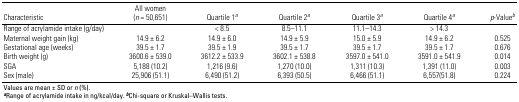
<table><thead><tr><td><b>Characteristic</b></td><td><b>All women (n = 50,651)</b></td><td><b>Quartile 1a</b></td><td><b>Quartile 2a</b></td><td><b>Quartile 3a</b></td><td><b>Quartile 4a</b></td><td><b>p-Valueb</b></td></tr></thead><tbody><tr><td>Range of acrylamide intake (g/day)</td><td></td><td>&lt; 8.5</td><td>8.5–11.1</td><td>11.1–14.3</td><td>&gt; 14.3</td></tr><tr><td>Maternal weight gain (kg)</td><td>14.9 ± 6.2</td><td>14.9 ± 6.0</td><td>14.9 ± 5.9</td><td>15.0 ± 5.9</td><td>14.9 ± 6.2</td><td>0.525</td></tr><tr><td>Gestational age (weeks)</td><td>39.5 ± 1.7</td><td>39.5 ± 1.9</td><td>39.5 ± 1.7</td><td>39.5 ± 1.7</td><td>39.5 ± 1.7</td><td>0.676</td></tr><tr><td>Birth weight (g)</td><td>3600.6 ± 539.0</td><td>3612.2 ± 533.9</td><td>3602.1 ± 538.8</td><td>3597.0 ± 541.0</td><td>3591.0 ± 541.9</td><td>0.014</td></tr><tr><td>SGA </td><td>5,188 (10.2)</td><td>1,216 (9.6)</td><td>1,270 (10.0)</td><td>1,311 (10.3)</td><td>1,391 (11.0)</td><td>0.003</td></tr><tr><td>Sex (male) </td><td>25,906 (51.1)</td><td>6,490 (51.2)</td><td>6,393 (50.5)</td><td>6,466 (51.1)</td><td>6,557(51.8)</td><td>0.224</td></tr><tr><td colspan="7">Values are mean ± SD or n (%). aRange of acrylamide intakein ng/kcal/day. bChi-square or Kruskal–Wallis tests. </td></tr></tbody></table>